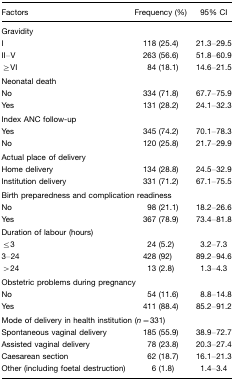
<table><thead><tr><td><b>Factors</b></td><td><b>Frequency (%)</b></td><td><b>95% CI</b></td></tr></thead><tbody><tr><td colspan="3">Gravidity</td></tr><tr><td>I</td><td>118 (25.4)</td><td>21.3–29.5</td></tr><tr><td>II–V</td><td>263 (56.6)</td><td>51.8–60.9</td></tr><tr><td>≥VI</td><td>84 (18.1)</td><td>14.6–21.5</td></tr><tr><td colspan="3">Neonatal death</td></tr><tr><td>No</td><td>334 (71.8)</td><td>67.7–75.9</td></tr><tr><td>Yes</td><td>131 (28.2)</td><td>24.1–32.3</td></tr><tr><td colspan="3">Index ANC follow-up</td></tr><tr><td>Yes</td><td>345 (74.2)</td><td>70.1–78.3</td></tr><tr><td>No</td><td>120 (25.8)</td><td>21.7–29.9</td></tr><tr><td colspan="3">Actual place of delivery</td></tr><tr><td>Home delivery</td><td>134 (28.8)</td><td>24.5–32.9</td></tr><tr><td>Institution delivery</td><td>331 (71.2)</td><td>67.1–75.5</td></tr><tr><td colspan="3">Birth preparedness and complication readiness</td></tr><tr><td>No</td><td>98 (21.1)</td><td>18.2–26.6</td></tr><tr><td>Yes</td><td>367 (78.9)</td><td>73.4–81.8</td></tr><tr><td colspan="3">Duration of labour (hours)</td></tr><tr><td>≤3</td><td>24 (5.2)</td><td>3.2–7.3</td></tr><tr><td>3–24</td><td>428 (92)</td><td>89.2–94.6</td></tr><tr><td>&gt;24</td><td>13 (2.8)</td><td>1.3–4.3</td></tr><tr><td colspan="3">Obstetric problems during pregnancy</td></tr><tr><td>No</td><td>54 (11.6)</td><td>8.8–14.8</td></tr><tr><td>Yes</td><td>411 (88.4)</td><td>85.2–91.2</td></tr><tr><td colspan="3">Mode of delivery in health institution (<i>n</i>=331)</td></tr><tr><td>Spontaneous vaginal delivery</td><td>185 (55.9)</td><td>38.9–72.7</td></tr><tr><td>Assisted vaginal delivery</td><td>78 (23.8)</td><td>20.3–27.4</td></tr><tr><td>Caesarean section</td><td>62 (18.7)</td><td>16.1–21.3</td></tr><tr><td>Other (including foetal destruction)</td><td>6 (1.8)</td><td>1.4–3.4</td></tr></tbody></table>